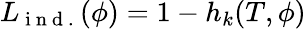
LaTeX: {L}_{\mathrm{~i~n~d~.~}}(\phi)=1-h_{k}(T,\phi)